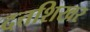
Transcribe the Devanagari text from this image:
दत्तशिखर